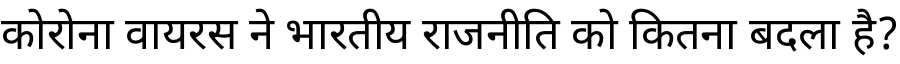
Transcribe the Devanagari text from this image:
कोरोना वायरस ने भारतीय राजनीति को कितना बदला है?